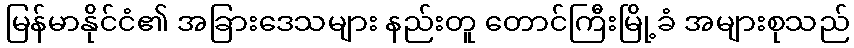
မြန်မာနိုင်ငံ၏ အခြားဒေသများ နည်းတူ တောင်ကြီးမြို့ခံ အများစုသည်